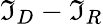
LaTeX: \mathfrak{I}_{D}-\mathfrak{I}_{R}